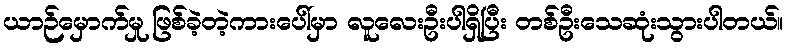
ယာဉ်မှောက်မှု ဖြစ်ခဲ့တဲ့ကားပေါ်မှာ လူလေးဦးပါရှိပြီး တစ်ဦးသေဆုံးသွားပါတယ်။